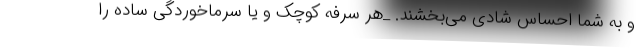
و به شما احساس شادی می‌بخشند. _هر سرفه کوچک و یا سرماخوردگی ساده را